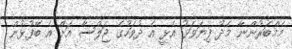
މެމްބަރުންނާ މެދު ފިޔަވަޅު އެޅީ އެ ދުވަހުގެ ޖަލްސާ އަށް އެ ބޭފުޅުން